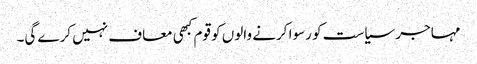
مہاجر سیاست کو رسوا کرنے والوں کو قوم کبھی معاف نہیں کرے گی۔